Vaccination North-Western Provinces 1866-1877 - 1866-1877
Year: 1866
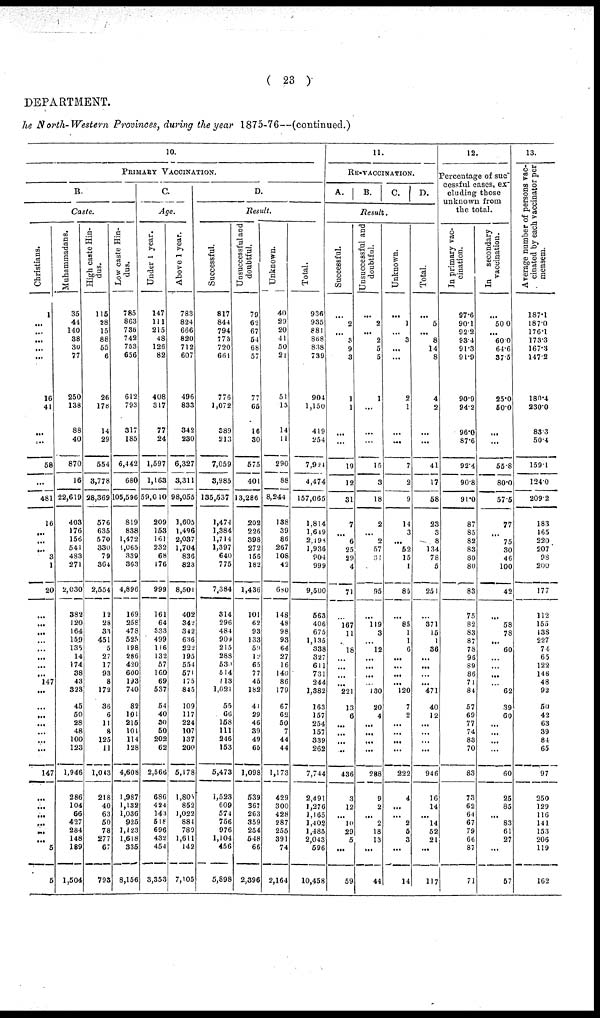
( 23 )
DEPARTMENT.
he North-Western Provinces, during the year 1875-76—(continued.)
10.
PRIMARY VACCINATION.
B.
Caste.
Christians.
1
...
...
...
...
...
16
41
...
...
58
...
481
16
...
...
...
3
1
20
...
...
...
...
...
...
...
...
147
...
...
...
...
...
...
...
147
...
...
...
...
...
...
5
5
Muhammadans.
35
44
140
38
30
77
250
138
88
40
870
16
22,619
403
176
156
541
483
271
2,030
382
120
164
159
135
14
174
38
43
323
45
50
28
48
100
123
1,946
286
104
66
427
284
148
189
1,504
High caste Hin-
dus.
115
28
15
88
55
6
26
178
14
29
554
3,778
28,369
576
635
570
330
79
364
2,554
12
28
33
451
5
27
17
93
8
172
36
6
11
8
125
11
1,043
218
40
63
50
78
277
67
793
Low caste Hin-
dus.
785
863
736
742
753
656
612
793
317
185
6,442
680
105,596
819
838
1,472
1,065
339
363
4,896
169
258
478
525
198
286
420
600
193
740
82
101
215
101
114
128
4,608
1,987
1,132
1,036
925
1,123
1,618
335
8,156
C.
Age.
Under 1 year.
147
111
215
48
126
82
408
317
77
24
1,597
1,163
59,010
209
153
161
232
68
176
999
161
64
333
499
116
132
57
160
69
537
54
40
30
50
202
62
2,566
686
424
143
518
696
432
454
3,353
Above 1 year.
783
824
666
820
712
607
496
833
342
230
6,327
3,311
98,055
1,605
1,496
2,037
1,704
836
823
8,501
402
342
342
636
222
195
554
571
175
845
109
117
224
107
137
200
5,178
1,805
852
1,022
884
789
1,611
142
7,105
D.
Result.
Successful.
817
844
794
773
720
661
776
1,072
389
213
7,059
3,985
135,537
1,474
1,384
1,714
1,397
640
775
7,384
314
296
484
909
215
288
530
514
113
1,021
55
66
158
111
246
153
5,473
1,523
609
574
756
976
1,104
456
5,898
Unsuccessful and
doubtful.
79
62
67
54
68
57
77
65
16
30
575
401
13,286
202
226
398
272
156
182
1,436
101
62
93
133
59
12
65
77
45
182
41
29
46
39
49
66
1,098
539
367
263
359
254
548
66
2,396
Unknown.
40
29
20
41
50
21
51
13
14
11
290
88
8,244
138
39
86
267
108
42
680
148
48
98
93
64
27
16
140
86
179
67
62
50
7
44
44
1,173
429
300
428
287
255
391
74
2,164
Total.
936
935
881
868
838
739
904
1,150
419
254
7,924
4,474
157,065
1,814
1,649
2,198
1,936
904
999
9,500
563
406
675
1,135
338
327
611
731
244
1,382
163
157
254
157
339
262
7,744
2,491
1,276
1,165
1,402
1,485
2,043
596
10,458
11.
RE-VACCINATION.
A.
B.
C. D.
Result.
Successful.
...
2
...
3
9
3
1
1
...
...
19
12
31
7
...
6
25
29
4
71
...
167
11
...
18
...
...
...
...
221
13
6
...
...
...
...
436
3
12
...
10
29
5
...
59
Unsuccessful and
doubtful.
...
2
...
2
5
5
1
...
...
...
15
3
18
2
...
2
57
31
...
95
...
119
3
...
12
...
...
...
...
130
20
4
...
...
...
...
288
9
2
...
2
18
13
...
44
Unknown.
...
1
...
3
...
...
2
1
...
...
7
2
9
14
3
...
52
15
1
85
...
85
1
1
6
...
...
...
...
120
7
2
...
...
...
...
222
4
...
...
2
5
3
...
14
Total.
...
5
8
14
8
4
2
...
...
41
17
58
23
3
8
134
78
5
251
...
371
15
1
36
...
...
...
...
471
40
12
...
...
...
...
946
16
14
...
14
52
21
...
117
12.
Percentage of suc¬
cessful cases, ex¬
cluding those
unknown from
the total.
In primary vac-
cination.
97.6
90.1
92.2
93.4
91.3
91.9
90.9
94.2
96.0
87.6
92.4
90.8
91.0
87
85
82
83
80
80
83
75
82
83
87
78
96
89
86
71
84
57
69
77
74
83
70
83
73
62
64
67
79
66
87
71
In
secondary
vaccination.
...
50.0
...
60.0
64.6
37.5
25.0
50.0
...
...
55.8
80.0
57.5
77
...
75
30
46
100
42
...
58
78
...
60
...
...
...
...
62
39
60
...
...
...
...
60
25
85
...
83
61
27
...
57
13.
Average number of persons vac-
cinated by each vaccinator per
mensem.
187.1
187.0
176.1
173.3
167.3
147.2
180.4
230.0
83.3
50.4
159.1
124.0
209.2
183
165
220
207
98
200
177
112
155
138
227
74
65
122
146
48
92
50
42
63
39
84
65
97
250
129
116
141
153
206
119
162